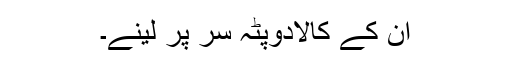
ان کے کالادوپٹہ سر پر لینے۔